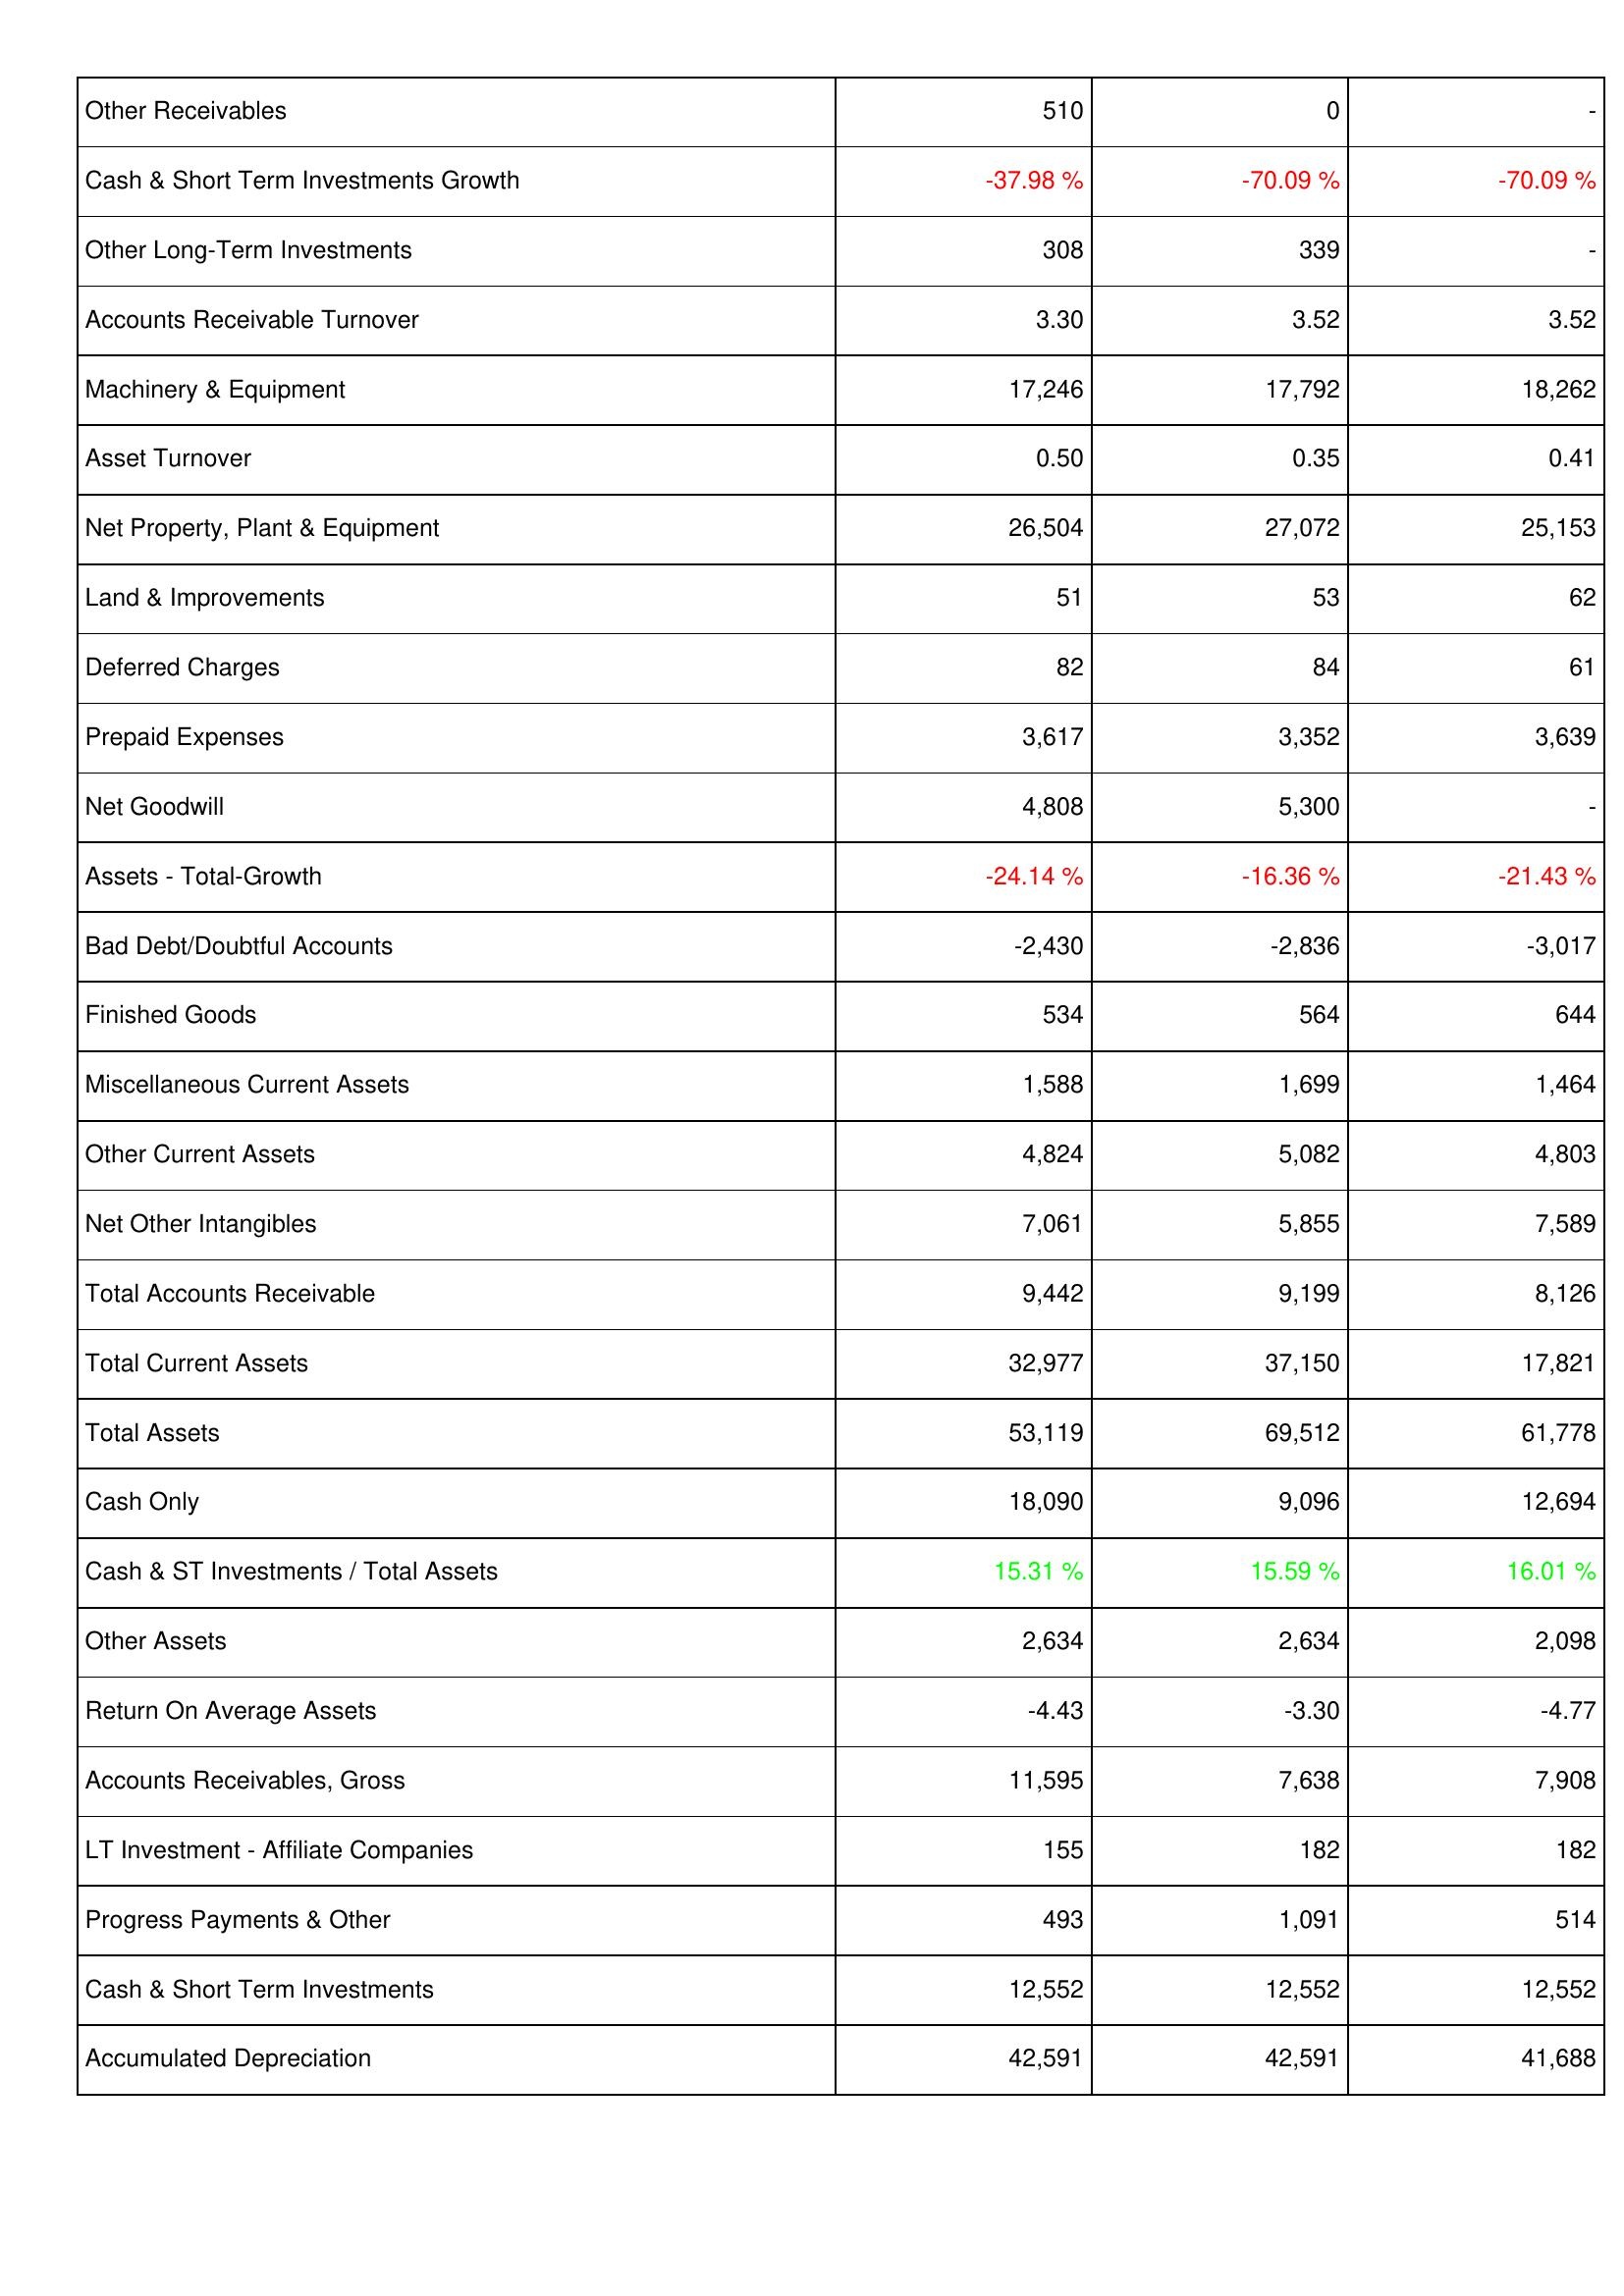
2019: Assets: Other Receivables: 510
Cash & Short Term Investments Growth: -37.98 %
Other Long-Term Investments: 308
Accounts Receivable Turnover: 3.30
Machinery & Equipment: 17,246
Asset Turnover: 0.50
Net Property, Plant & Equipment: 26,504
Land & Improvements: 51
Deferred Charges: 82
Prepaid Expenses: 3,617
Net Goodwill: 4,808
Assets - Total-Growth: -24.14 %
Bad Debt/Doubtful Accounts: -2,430
Finished Goods: 534
Miscellaneous Current Assets: 1,588
Other Current Assets: 4,824
Net Other Intangibles: 7,061
Total Accounts Receivable: 9,442
Total Current Assets: 32,977
Total Assets: 53,119
Cash Only: 18,090
Cash & ST Investments / Total Assets: 15.31 %
Other Assets: 2,634
Return On Average Assets: -4.43
Accounts Receivables, Gross: 11,595
LT Investment - Affiliate Companies: 155
Progress Payments & Other: 493
Cash & Short Term Investments: 12,552
Accumulated Depreciation: 42,591
2018: Assets: Other Receivables: 0
Cash & Short Term Investments Growth: -70.09 %
Other Long-Term Investments: 339
Accounts Receivable Turnover: 3.52
Machinery & Equipment: 17,792
Asset Turnover: 0.35
Net Property, Plant & Equipment: 27,072
Land & Improvements: 53
Deferred Charges: 84
Prepaid Expenses: 3,352
Net Goodwill: 5,300
Assets - Total-Growth: -16.36 %
Bad Debt/Doubtful Accounts: -2,836
Finished Goods: 564
Miscellaneous Current Assets: 1,699
Other Current Assets: 5,082
Net Other Intangibles: 5,855
Total Accounts Receivable: 9,199
Total Current Assets: 37,150
Total Assets: 69,512
Cash Only: 9,096
Cash & ST Investments / Total Assets: 15.59 %
Other Assets: 2,634
Return On Average Assets: -3.30
Accounts Receivables, Gross: 7,638
LT Investment - Affiliate Companies: 182
Progress Payments & Other: 1,091
Cash & Short Term Investments: 12,552
Accumulated Depreciation: 42,591
2017: Assets: Other Receivables: -
Cash & Short Term Investments Growth: -70.09 %
Other Long-Term Investments: -
Accounts Receivable Turnover: 3.52
Machinery & Equipment: 18,262
Asset Turnover: 0.41
Net Property, Plant & Equipment: 25,153
Land & Improvements: 62
Deferred Charges: 61
Prepaid Expenses: 3,639
Net Goodwill: -
Assets - Total-Growth: -21.43 %
Bad Debt/Doubtful Accounts: -3,017
Finished Goods: 644
Miscellaneous Current Assets: 1,464
Other Current Assets: 4,803
Net Other Intangibles: 7,589
Total Accounts Receivable: 8,126
Total Current Assets: 17,821
Total Assets: 61,778
Cash Only: 12,694
Cash & ST Investments / Total Assets: 16.01 %
Other Assets: 2,098
Return On Average Assets: -4.77
Accounts Receivables, Gross: 7,908
LT Investment - Affiliate Companies: 182
Progress Payments & Other: 514
Cash & Short Term Investments: 12,552
Accumulated Depreciation: 41,688